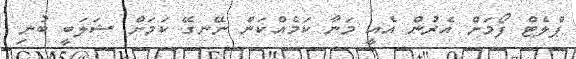
ޕްލެޓް ފޯމަށް އެރުން އެއީ މަނާ ކަމެއްކަން ނޭނގޭ ކަމަށް ޝަލަބީ ބުނި